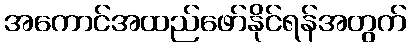
အကောင်အထည်ဖော်နိုင်ရန်အတွက်